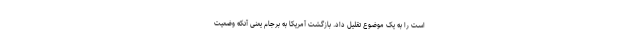
است را به یک موضوع تقلیل داد. بازگشت آمریکا به برجام یعنی آنکه وضعیت